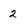
Character: 2